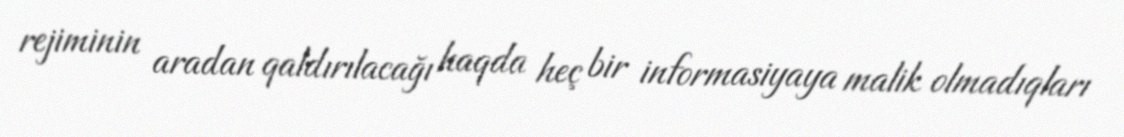
rejiminin aradan qaldırılacağı haqda heç bir informasiyaya malik olmadıqları